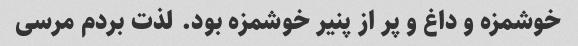
خوشمزه و داغ و پر از پنیر خوشمزه بود. لذت بردم مرسی